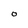
Character: O